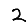
Digit: 2